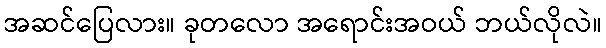
အဆင်ပြေလား။ ခုတလော အရောင်းအဝယ် ဘယ်လိုလဲ။